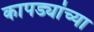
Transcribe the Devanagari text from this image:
कापड्यांच्या